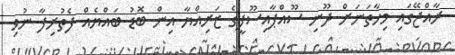
ރާއްޖޭގައި މިހާތަނަށް ދޫނި ސޫއްޕާއިސޫފީގެ ޒަރިއްޔާ އިން ބޮޑު ބައްޔެއް ފެތުރިފާ ނުވި